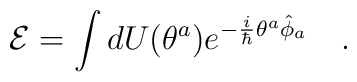
{\cal E}=\int dU(\theta^a)e^{-\frac{i}{\hbar}\theta^a\hat{\phi}_a}\ \ \ .